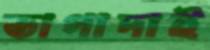
তাগাদাই